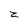
Character: z